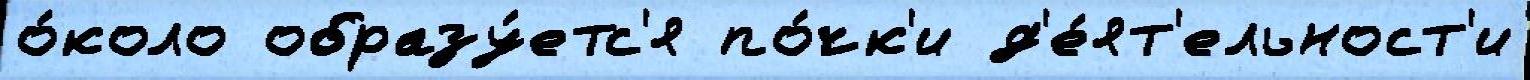
о́коло образу́етс'я по́чк'и д'е́ят'ельност'и